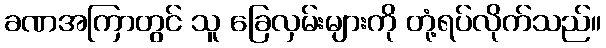
ခဏအကြာတွင် သူ ခြေလှမ်းများကို တုံ့ရပ်လိုက်သည်။